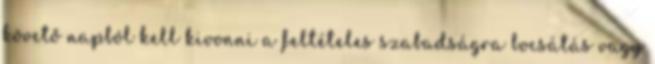
követő napból kell kivonni a feltételes szabadságra bocsátás vagy